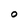
Character: O